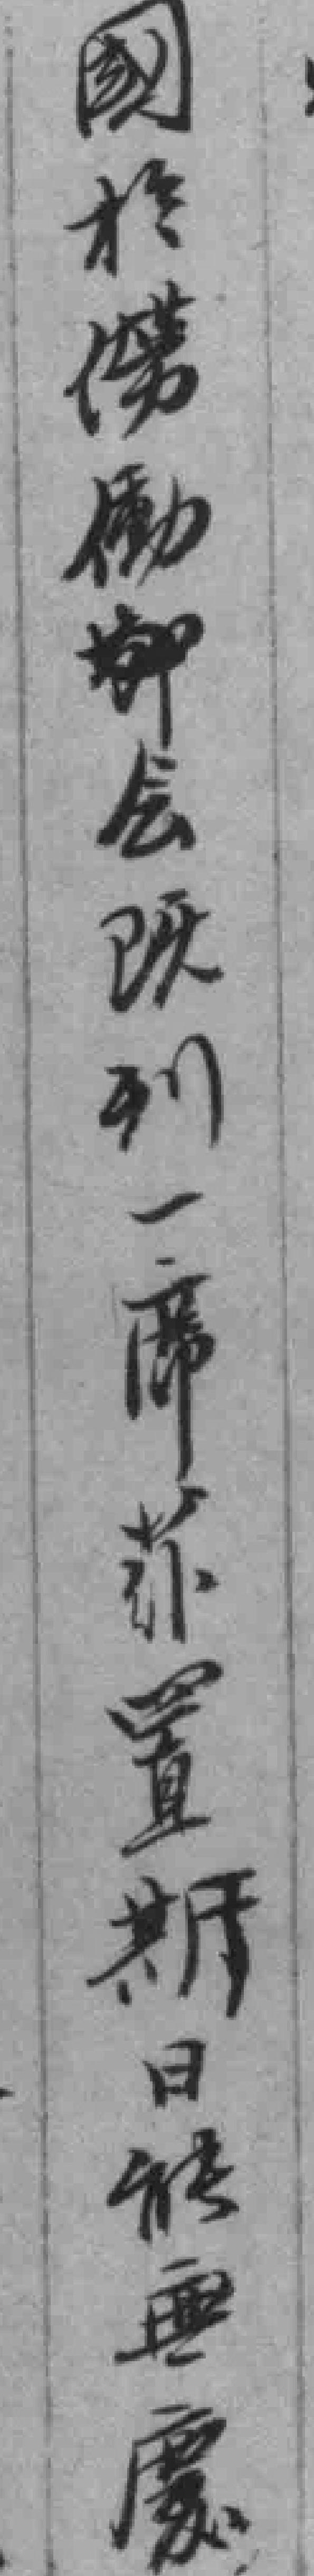
國扵勞動節会既到一席*置斯日能無慶